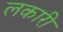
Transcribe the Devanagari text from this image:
लकारी